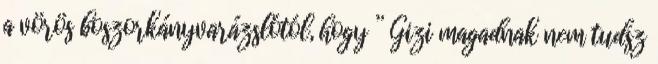
a vörös boszorkányvarázslótól, hogy ” Gizi magadnak nem tudsz